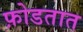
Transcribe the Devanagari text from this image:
फ़ोडतात